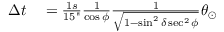
\begin{array} { r l } { \Delta t } & { { } = \frac { 1 s } { 1 5 " } \frac { 1 } { \cos \phi } \frac { 1 } { \sqrt { 1 - \sin ^ { 2 } \delta \sec ^ { 2 } \phi } } \theta _ { \odot } } \end{array}